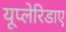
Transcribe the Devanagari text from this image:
यूप्लेरिडाए